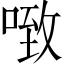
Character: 𰈂